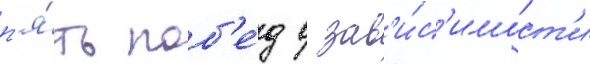
п'я́ть поб'е́д в зав'и́с'имост'и